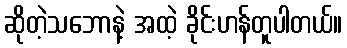
ဆိုတဲ့သဘောနဲ့ အထဲ့ ခိုင်းဟန်တူပါတယ်။